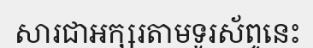
សារជាអក្សរតាមទូរស័ព្ទនេះ